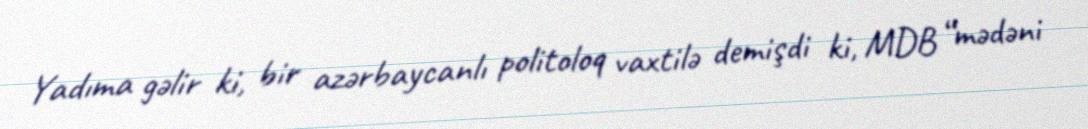
Yadıma gəlir ki, bir azərbaycanlı politoloq vaxtilə demişdi ki, MDB “mədəni